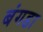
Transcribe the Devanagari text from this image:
बंगडा